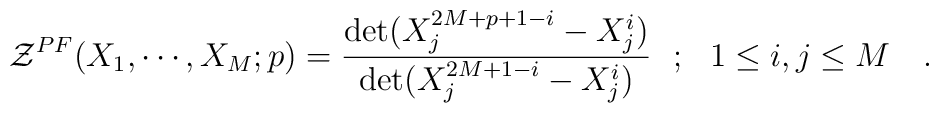
{\cal{Z}}^{PF}(X_1, \cdots, X_M  ;  p) = {\det(X_j^{2M+p+1-i}-X_j^{i})\over  \det (X_j^{2M+1-i}-X_j^{i})} ~~ ; ~~ 1 \le i,j \le M ~~~.